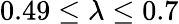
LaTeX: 0.49\leq\lambda\leq 0.7